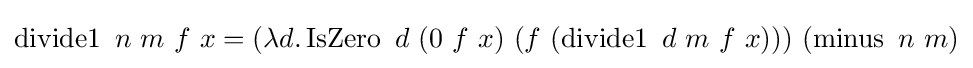
\operatorname {divide1} \ n\ m\ f\ x=(\lambda d.\operatorname {IsZero} \ d\ (0\ f\ x)\ (f\ (\operatorname {divide1} \ d\ m\ f\ x)))\ (\operatorname {minus} \ n\ m)